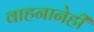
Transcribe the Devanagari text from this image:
वाहनानेही